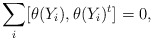
\begin{align*} \sum_i [\theta(Y_i), \theta(Y_i)^t] = 0, \end{align*}